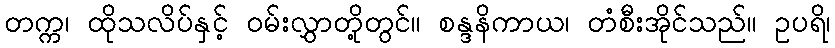
တက္က၊ ထိုသလိပ်နှင့် ဝမ်းလွှာတို့တွင်။ စန္ဒနိကာယ၊ တံစီးအိုင်သည်။ ဥပရိ၊